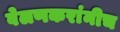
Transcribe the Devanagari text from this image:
वेलणकरांनीच